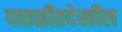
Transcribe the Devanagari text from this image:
पातळीतदेखील